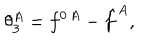
\theta _ { 3 } ^ { A } = f ^ { 0 \, A } - \hat { f } ^ { A } ,